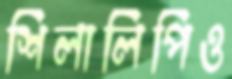
শিলালিপিও